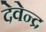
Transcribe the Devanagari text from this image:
देवेेन्द्र